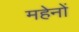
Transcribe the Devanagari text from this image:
महेनों